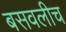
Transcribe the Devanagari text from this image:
बसवलीच